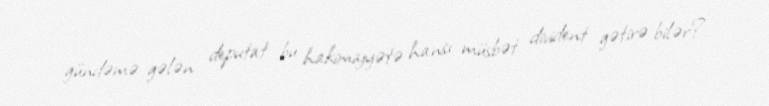
gündəmə gələn deputat bu hakimiyyətə hansı müsbət divident gətirə bilər?.